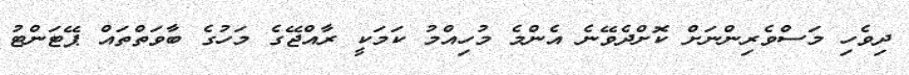
ދިވެހި މަސްވެރިންނަށް ކޮށްދެވޭނެ އެންމެ މުހިއްމު ކަމަކީ ރާއްޖޭގެ މަހުގެ ބާވަތްތައް ޕޭޓަންޓު